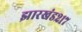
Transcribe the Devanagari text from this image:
झारखंड२१७